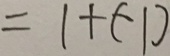
= 1 + ( - 1 )